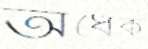
অর্ধেক